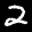
Label: 2